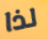
لذا